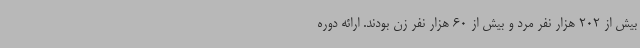
بیش از 202 هزار نفر مرد و بیش از 60 هزار نفر زن بودند. ارائه دوره